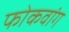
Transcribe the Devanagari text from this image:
फोकवांग